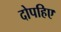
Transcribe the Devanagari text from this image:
दोपहिए